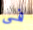
فى